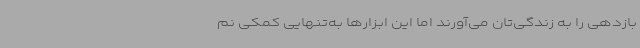
بازدهی را به زندگی‌تان می‌آورند اما این ابزارها به‌تنهایی کمکی نم